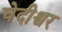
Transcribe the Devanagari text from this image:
चेदीश्वर